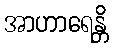
အာဟာရေန္တိ